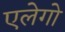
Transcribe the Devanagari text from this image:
एलेगो